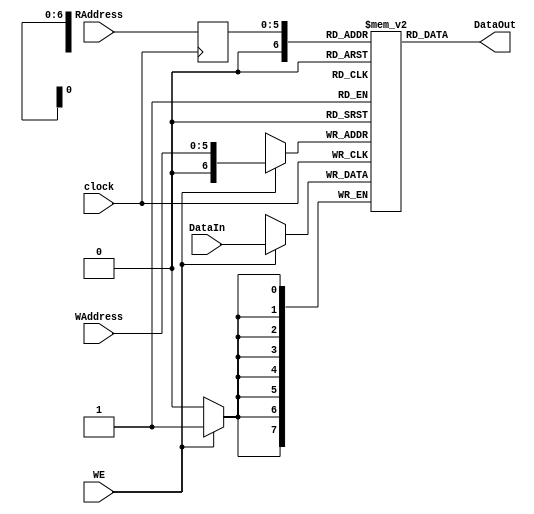
`timescale 1ns / 1ps
//////////////////////////////////////////////////////////////////////////////////
// Company: 
// Engineer: 
// 
// Design Name: 
// Module Name:    RAM 
// Project Name: 
// Target Devices: 
// Tool versions: 
// Description: 
//
// Dependencies: 
//
// Revision: 
// Revision 0.01 - File Created
// Additional Comments: 
//
//////////////////////////////////////////////////////////////////////////////////
module RAM(
	clock,
	WAddress,
	RAddress,
	WE,
	DataIn,
	DataOut
);

//Special
parameter Width = 8, Depth = 65 ,SynchronousRead = 1;
localparam AWidth = 6;

//Input Ports
input wire clock;
input wire [AWidth-1:0] WAddress;
input wire [AWidth-1:0] RAddress;
input wire WE;
input wire [Width -1:0] DataIn;

//Output Ports
output wire [Width -1:0] DataOut;
	
//MEMORY
reg [Width-1:0] mem [Depth -1:0];

//DIRECTION
reg [AWidth-1:0] ReadAddressp;
	
	
//---------------CODE ------------------------

	always @(posedge clock)
		begin
			if (WE) 
				begin
					mem[WAddress] <= DataIn;
				end
		end
		
	generate
		if (SynchronousRead) 
			begin
				always @(posedge clock)
					begin 
						ReadAddressp <= RAddress;		
					end
				assign DataOut = mem[ReadAddressp];
			end
		else 
			begin
				assign DataOut = mem[RAddress];
			end
	endgenerate
	
endmodule